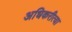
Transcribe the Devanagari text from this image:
अधिकरीत्या